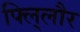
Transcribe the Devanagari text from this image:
फ्लि्लौर